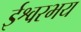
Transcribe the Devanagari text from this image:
ईश्वरभय